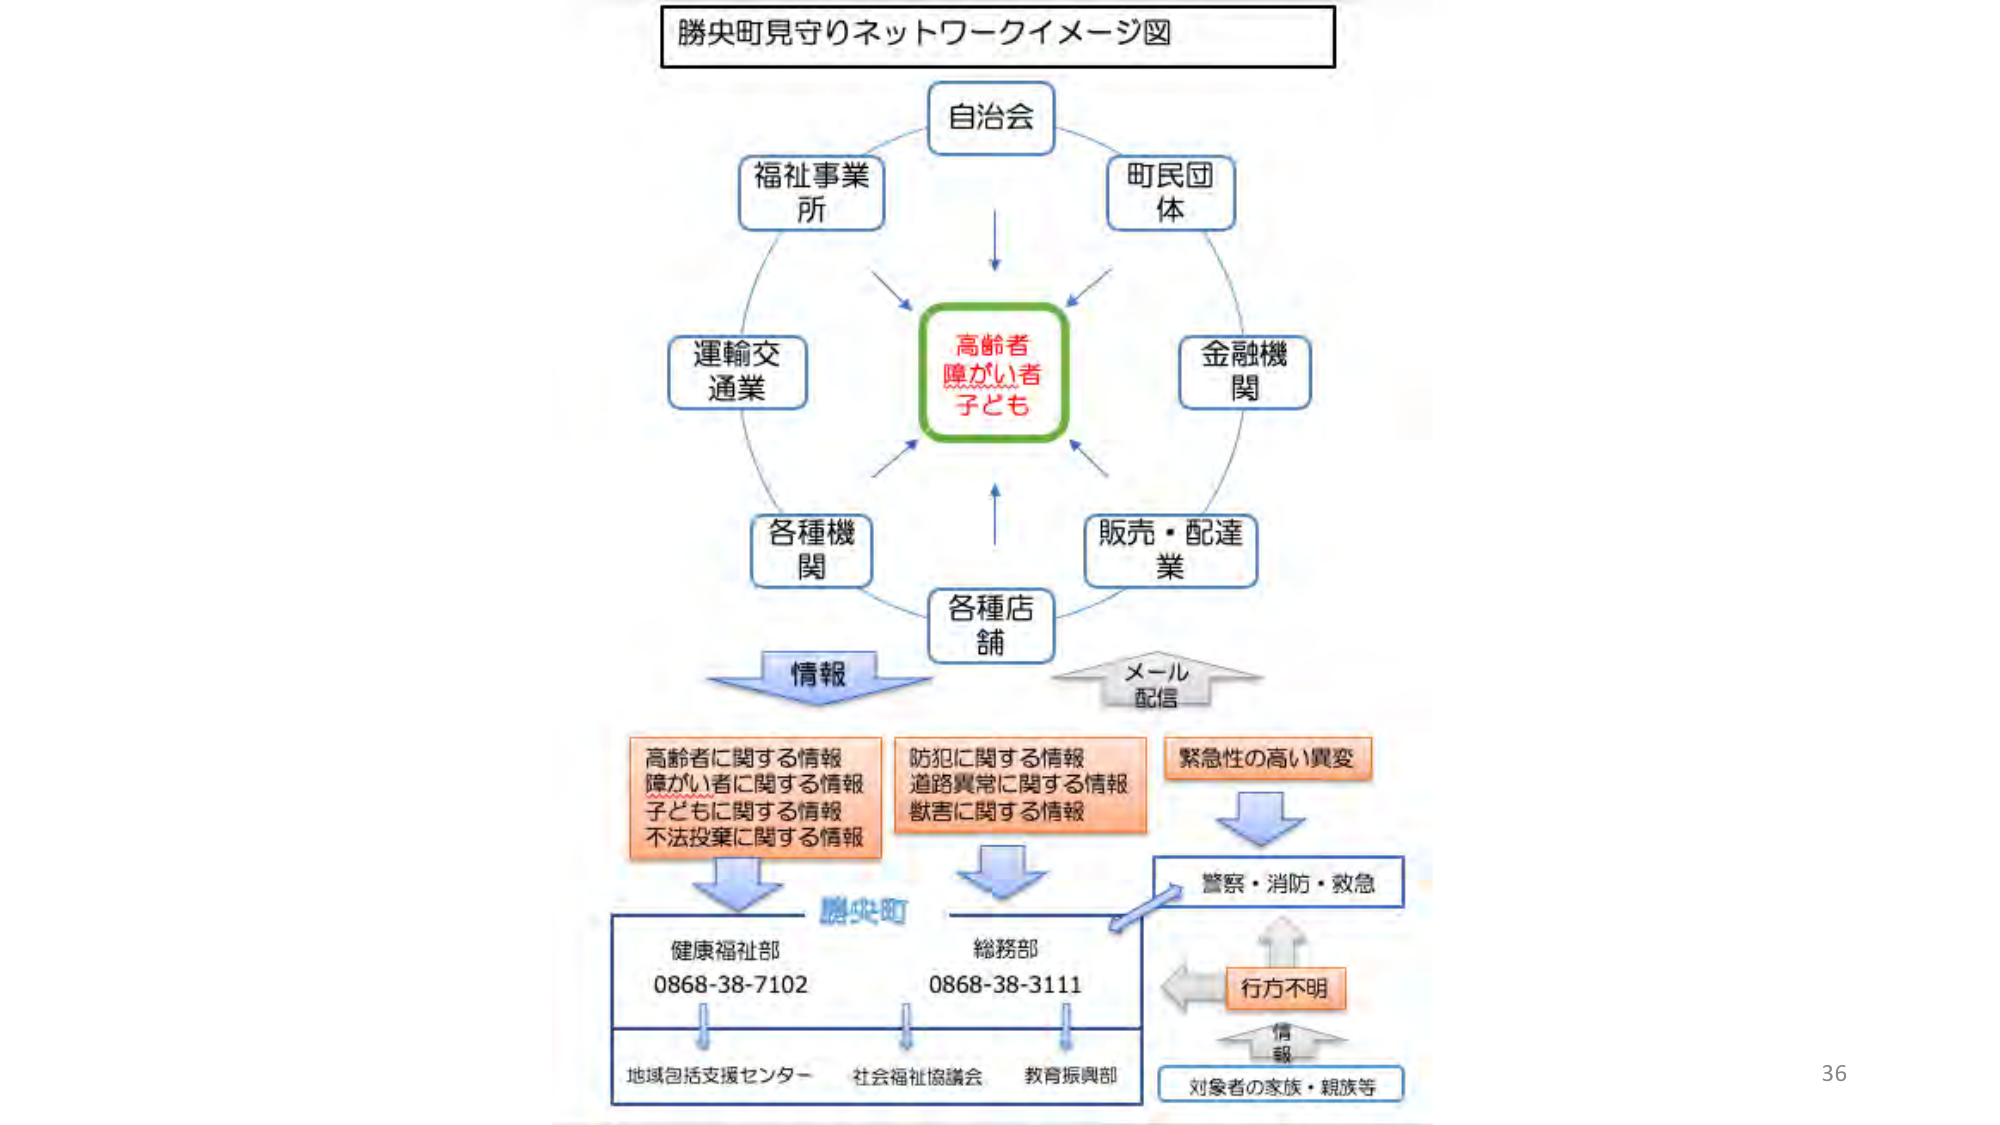
勝央町見守りネットワークイメージ図

自治会
福祉事業所
町民団体
運輸交通業
金融機関
各種機関
販売・配達業
各種店舗
高齢者
障がい者
子ども

情報
メール
配信

高齢者に関する情報
障がい者に関する情報
子どもに関する情報
不法投棄に関する情報

防犯に関する情報
道路異常に関する情報
獣害に関する情報

緊急性の高い異変

警察・消防・救急

勝央町
健康福祉部
0868-38-7102
総務部
0868-38-3111

地域包括支援センター
社会福祉協議会
教育振興部

行方不明
情報
対象者の家族・親族等

36